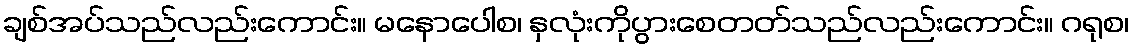
ချစ်အပ်သည်လည်းကောင်း။ မနောပေါစ၊ နှလုံးကိုပွားစေတတ်သည်လည်းကောင်း။ ဂရုစ၊